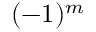
( - 1 ) ^ { m }